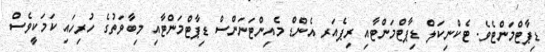
ޑިޕާޓްމަންޓެވެ. ޓެކްނިކަލް ޑިޕާޓްމަންޓާއި ރިޕެއަރ އެންޑް މެއިންޓަނަންސް ޑިޕާޓްމަންޓާއި މިބާވަތުގެ ހުރިހައި ކަމަކީވެސް